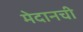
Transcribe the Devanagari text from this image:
मेदानची